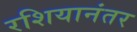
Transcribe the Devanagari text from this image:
रशियानंतर